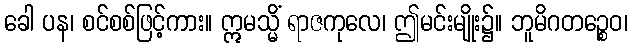
ခေါ ပန၊ စင်စစ်ဖြင့်ကား။ ဣမသ္မိံ ရာဇကုလေ၊ ဤမင်းမျိုး၌။ ဘူမိဂတဉ္စေဝ၊